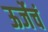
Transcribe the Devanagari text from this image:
ऊर्जेचं